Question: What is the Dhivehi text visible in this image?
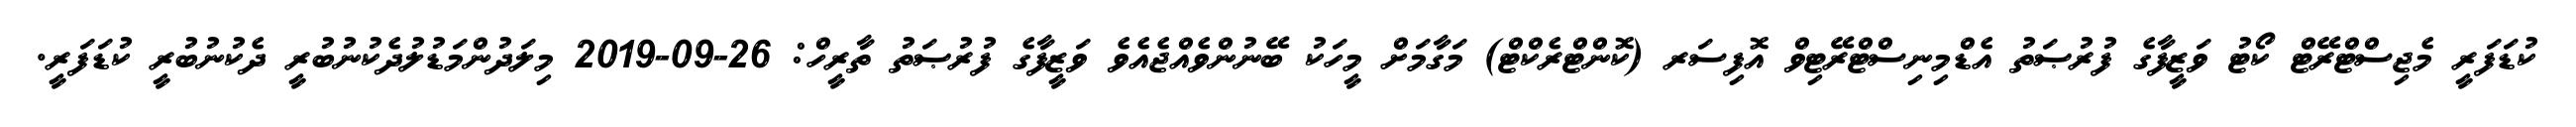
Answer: ކުޑަފަރީ މެޖިސްޓްރޭޓް ކޯޓު ވަޒީފާގެ ފުރުޞަތު އެޑްމިނިސްޓްރޭޓިވް އޮފިސަރ (ކޮންޓްރެކްޓް) މަގާމަށް މީހަކު ބޭނުންވެއްޖެއެވެ ވަޒީފާގެ ފުރުޞަތު ތާރީހް: 26-09-2019 މިލަދުންމަޑުލުދެކުނުބުރީ ދެކުނުބުރީ ކުޑަފަރީ.